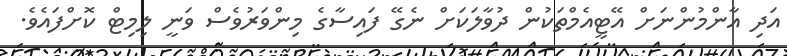
އަދި އާންމުންނަށް އޭޓީއެމްތަކުން ދުވާލަކަށް ނެގޭ ފައިސާގެ މިންވަރުވެސް ވަނީ ލިމިޓް ކޮށްފައެވެ.